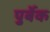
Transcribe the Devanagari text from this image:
पुर्बेक